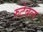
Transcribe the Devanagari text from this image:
रुटेबल